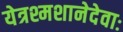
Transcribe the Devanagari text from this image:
येत्रश्मशानेदेवाः